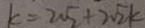
k = 2 . 5 + 2 \sqrt { 2 } k